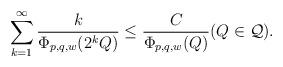
LaTeX: \begin{align*}\sum_{k=1}^\infty\frac{k}{\Phi_{p,q,w}(2^kQ)}\leq\frac{C}{\Phi_{p,q,w}(Q)}(Q\in\mathcal{Q}).\end{align*}